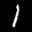
Label: 1